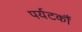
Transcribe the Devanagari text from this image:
पर्यटकौं